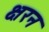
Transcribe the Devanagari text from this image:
क्षरन